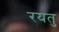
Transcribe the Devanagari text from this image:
रयतु